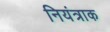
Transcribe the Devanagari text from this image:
नियंत्राक